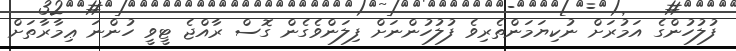
ފުލުހުންގެ އަމުރަށް ނުކިޔަމަންތެރިވެ ފުލުހުންނަށް ފިލަންވެގެން ގޮސް ރާއްޖެ ޓީވީ ހުންނަ ޢިމާރާތަށް